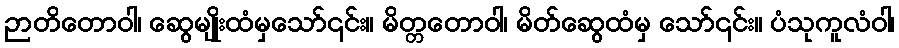
ဉာတိတောဝါ၊ ဆွေမျိုးထံမှသော်၎င်း။ မိတ္တတောဝါ၊ မိတ်ဆွေထံမှ သော်၎င်း။ ပံသုကူလံဝါ၊